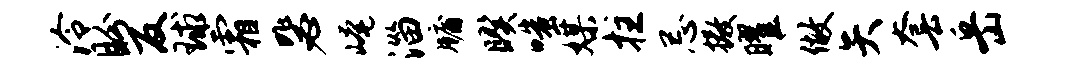
泠盼反球霜毖崦淄牖暌嗤媒拄忌撒曜做矢套岳